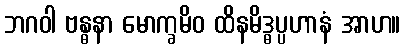
ဘဂဝါ ဗန္ဓနာ မောက္ခမိဝ ထိနမိဒ္ဓပ္ပဟာနံ အာဟ။